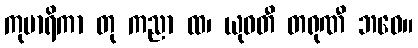
ကုမာရိကာ တု ကညာ ထ၊ ယုဝတီ တရုဏီ ဘဝေ။